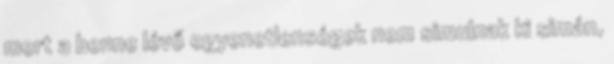
mert a benne lévő egyenetlenségek nem simulnak ki simán,